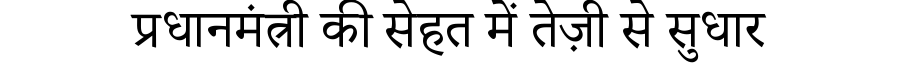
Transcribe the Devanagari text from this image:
प्रधानमंत्री की सेहत में तेज़ी से सुधार